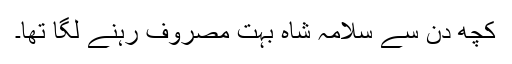
کچھ دن سے سلامہ شاہ بہت مصروف رہنے لگا تھا۔